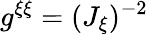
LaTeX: g^{\xi\xi}=(J_{\xi})^{-2}